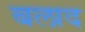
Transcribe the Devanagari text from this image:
बलाद